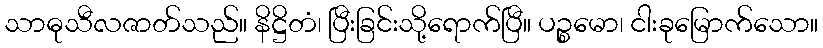
သာဓုသီလဇာတ်သည်။ နိဋ္ဌိတံ၊ ပြီးခြင်းသို့ရောက်ပြီ။ ပဉ္စမော၊ ငါးခုမြောက်သော။